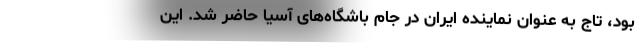
بود، تاج به عنوان نماینده ایران در جام باشگاه‌های آسیا حاضر شد. این